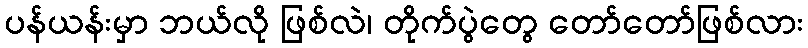
ပန်ယန်းမှာ ဘယ်လို ဖြစ်လဲ၊ တိုက်ပွဲတွေ တော်တော်ဖြစ်လား